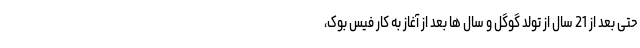
حتی بعد از 21 سال از تولد گوگل و سال ها بعد از آغاز به کار فیس بوک،